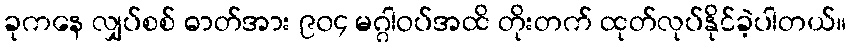
ခုကနေ လျှပ်စစ် ဓာတ်အား ၉၀၄ မဂ္ဂါဝပ်အထိ တိုးတက် ထုတ်လုပ်နိုင်ခဲ့ပါတယ်။